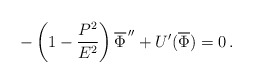
\begin{align*}-\left( 1-\frac{P^2}{E^2}\right) \overline{\Phi }^{\,\prime \prime}+U^{\prime }(\overline{\Phi })=0\,.\end{align*}